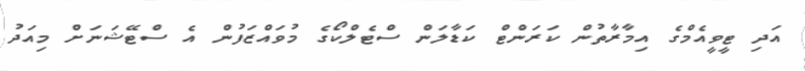
އަދި ޓީވީއެމްގެ އިމާރާތުން ކަރަންޓް ކަޑާލަން ސްޓެލްކޯގެ މުވައްޒަފުން އެ ސްޓޭޝަނަށް މިއަދު